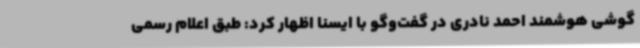
گوشی هوشمند احمد نادری در گفت‌وگو با ایسنا اظهار کرد: طبق اعلام رسمی